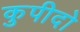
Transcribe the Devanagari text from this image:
कुपीदो